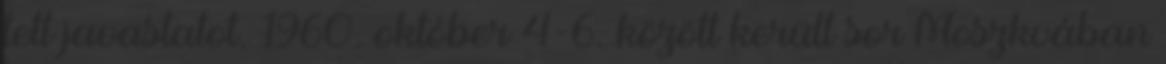
tett javaslatot. 1960. október 4-6. között került sor Moszkvában